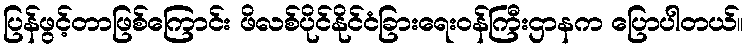
ပြန်ဖွင့်တာဖြစ်ကြောင်း ဖိလစ်ပိုင်နိုင်ငံခြားရေးဝန်ကြီးဌာနက ပြောပါတယ်။